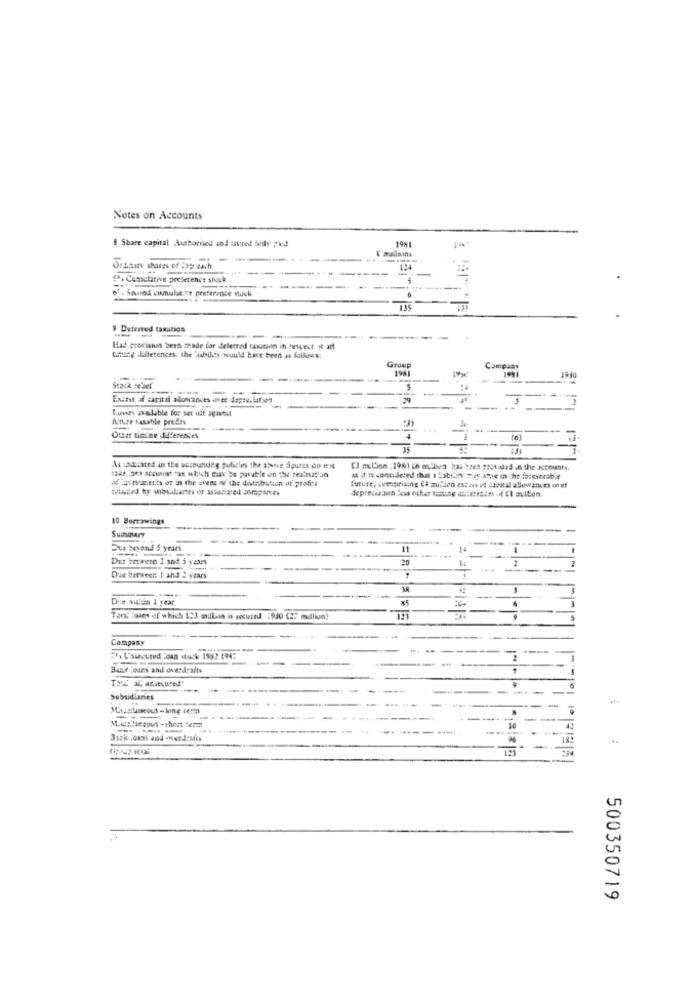
Notes on Accounts
19ML
3 Share capital Aushorned und sied fully prd
( matlawns
Ortsatv shares of 23
----
-
1. Cometative preference stock
67, Saund cumulative preference muck
135
---
$ Deferred taxatics
Had provision been made for deferred caution in respect st att
tiste Efferences, the Liability would have been as follows:
Group
198
Compuas
Stack relief
Excess of capital alloncandes wwer depru.fathom
29
Luvies available for set uit agiantel
---
fence taxable precies
---
--
Oua timine differences
As iptsated in the ussounding policies the above igures co ment
tike iata account "os which may be payable on the texasation
od Tuvesanatts of in the event of the dotribution of proti's
future, vomprising El mulien estan de capital allowances ofet
10 Borrowings
---
Summary
Due beyond & years
11
14
Det between 1 and 5 years
-
Due breween ! and 2 years
Die autén 1 year
Tant oues of which 1:3 mullan is accused :940 Cl; mulliun)
Company
#* L'amoured Joan stuck 1982 1947
Bas'e Tours and overdrafts
Subsidiaries
..
500350719